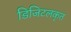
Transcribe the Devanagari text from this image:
डिजिटलकृत